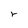
Character: r